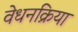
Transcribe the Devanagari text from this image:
वेधनक्रिया